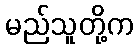
မည်သူတို့က